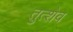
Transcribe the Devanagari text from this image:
तुत्शेव